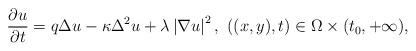
LaTeX: \begin{align*}\frac{\partial u}{\partial t}=q\Delta u-\kappa \Delta ^{2}u+\lambda\left\vert \nabla u\right\vert ^{2},\ ((x,y),t)\in \Omega \times(t_{0},+\infty ), \end{align*}